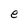
Character: e